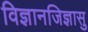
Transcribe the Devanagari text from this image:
विज्ञानजिज्ञासु